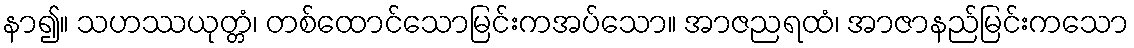
နာ၍။ သဟဿယုတ္တံ၊ တစ်ထောင်သောမြင်းကအပ်သော။ အာဇညရထံ၊ အာဇာနည်မြင်းကသော